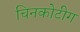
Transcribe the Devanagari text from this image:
चिनकोटीग